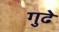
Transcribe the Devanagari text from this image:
गुढे